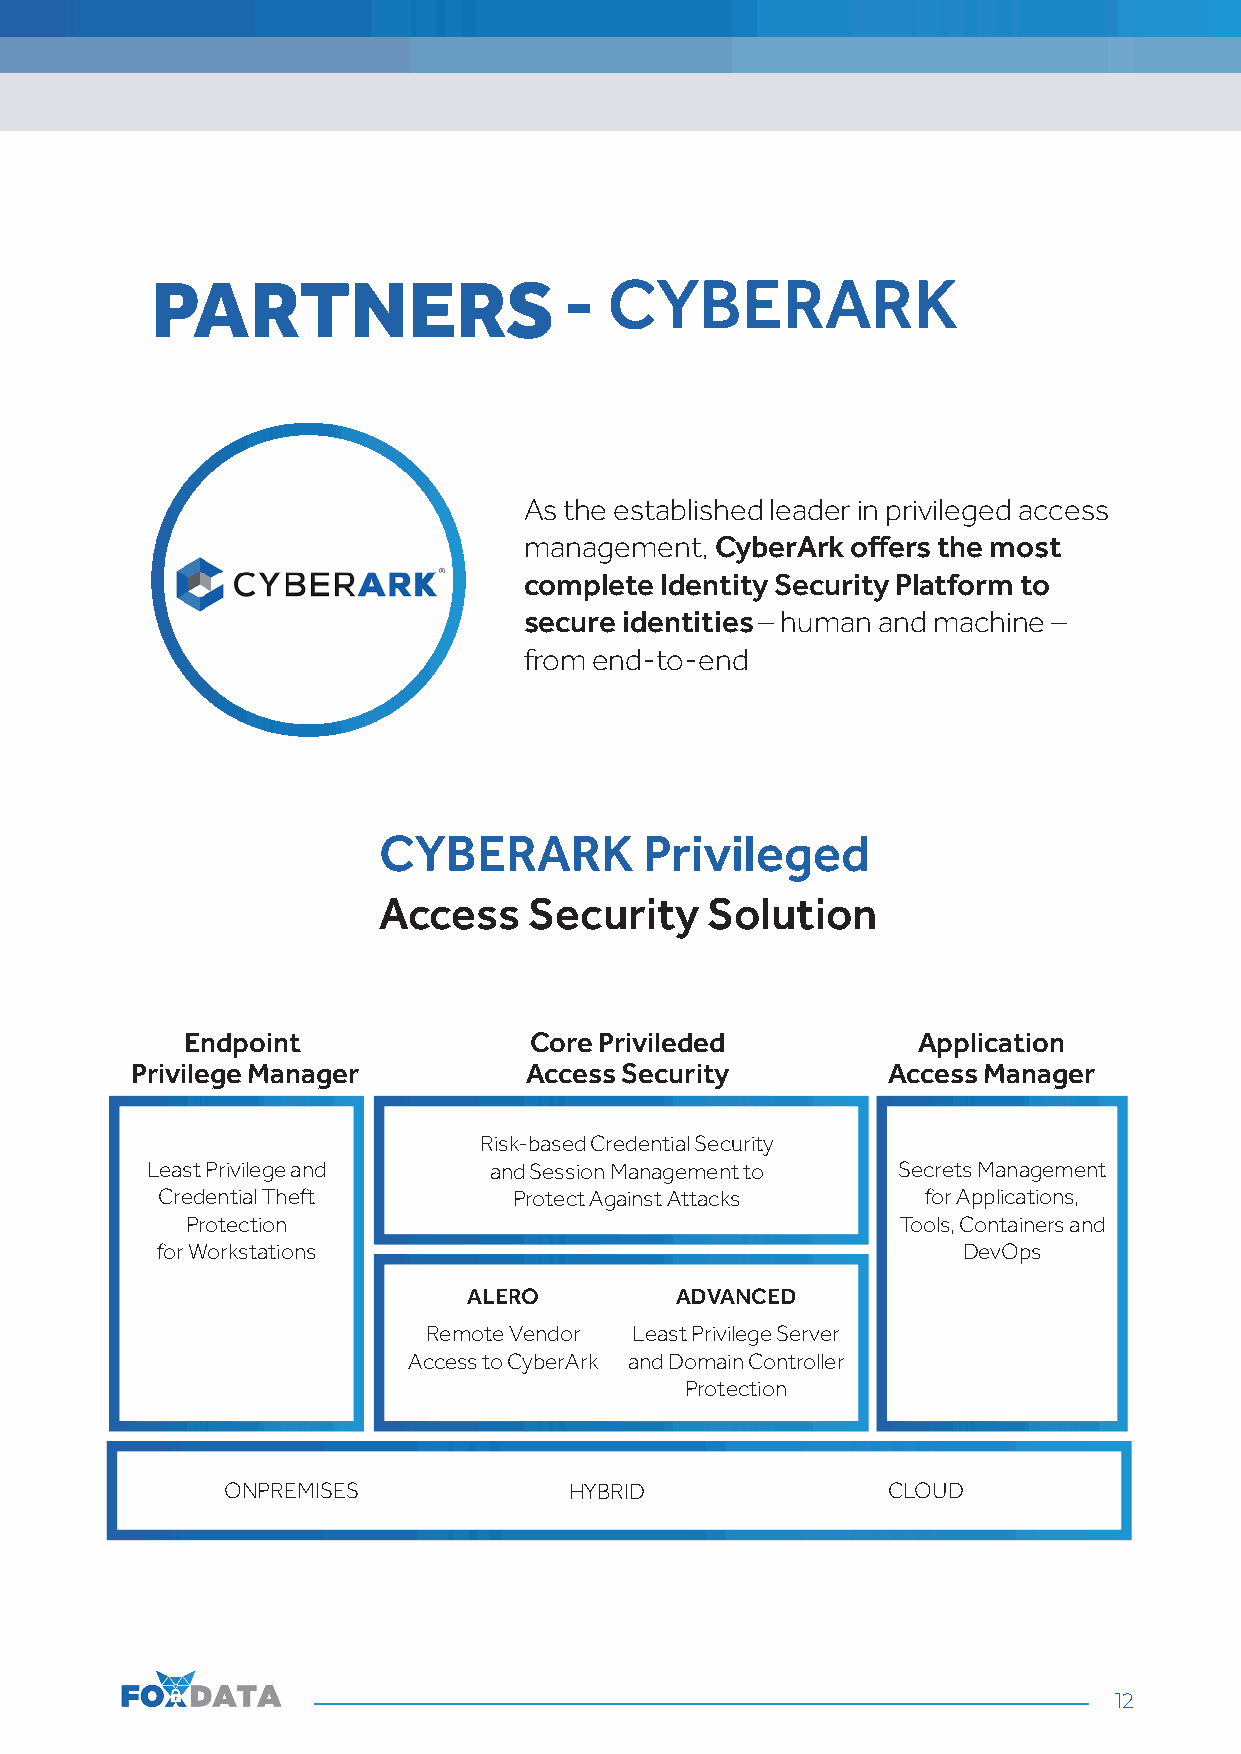
PARTNERS                   -  CYBERARK
 As the established leader in privileged access
 management, CyberArk offers the most
 complete Identity Security Platform to
 secure identities – human and machine –
 from end-to-end
 CYBERARK          Privileged
 Access    Security    Solution
 Endpoint               Core Privileded           Application
 Privilege Manager         Access Security         Access Manager
 Risk-based Credential Security
 Least Privilege and   and Session Management to  Secrets Management
 Credential Theft        Protect Against Attacks    for Applications,
 Protection                                     Tools, Containers and
 for Workstations                                      DevOps
 ALERO         ADVANCED
 Remote Vendor Least Privilege Server
 Access to CyberArk and Domain Controller
 Protection
 ON PREMISES            HYBRID               CLOUD
 12